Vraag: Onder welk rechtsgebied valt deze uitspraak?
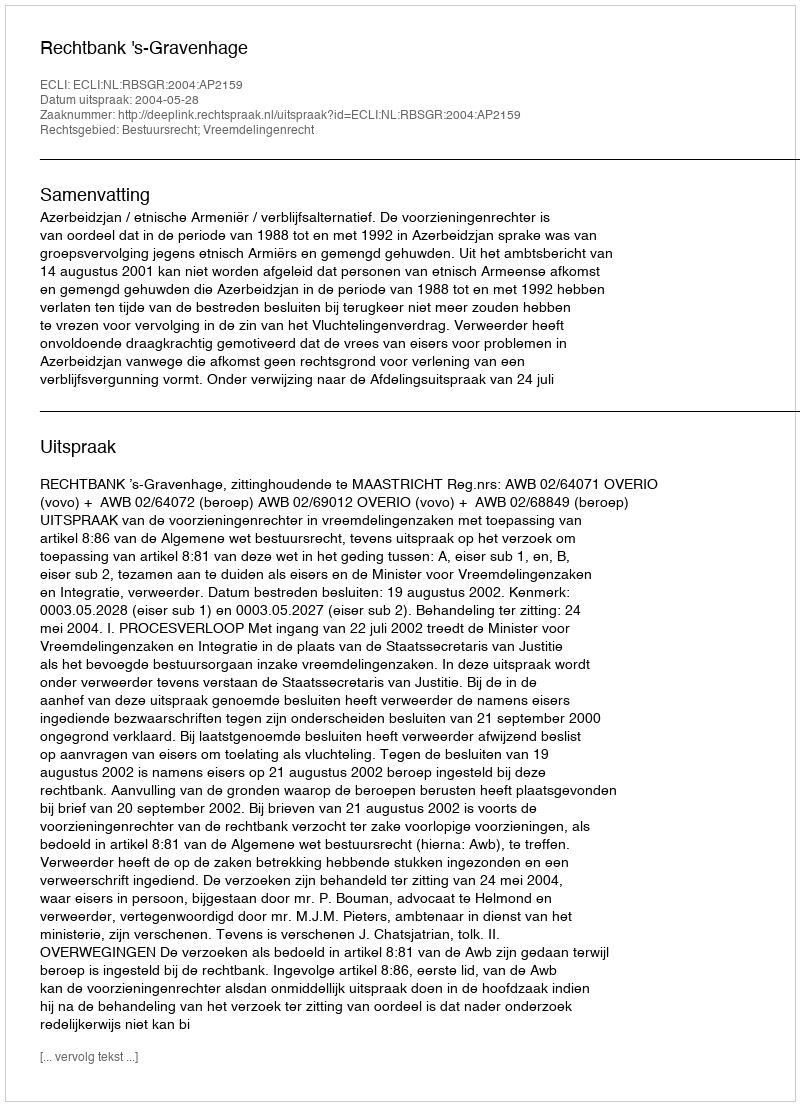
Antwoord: Bestuursrecht; Vreemdelingenrecht